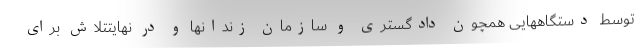
توسط دستگاههایی همچون دادگستری و سازمان زندانها و در نهایتتلاش برای